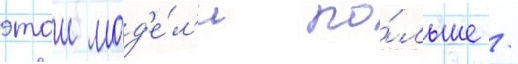
этои мод'е́л'и по́льше /